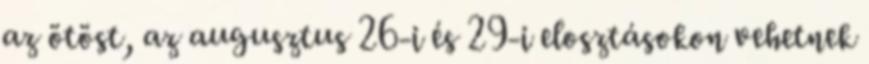
az ötöst, az augusztus 26-i és 29-i elosztásokon vehetnek